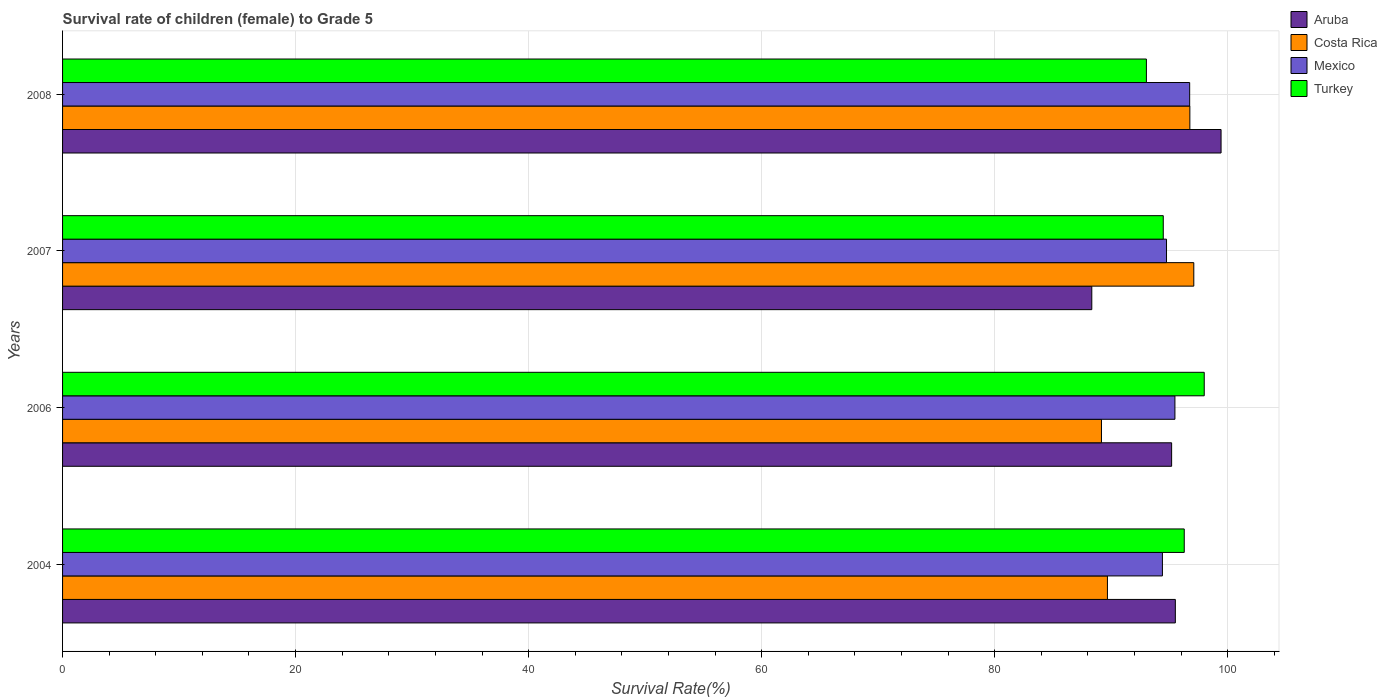
| Years | Aruba | Costa Rica | Mexico | Turkey |
 | --- | --- | --- | --- | --- |
 | 2004 | 95.5 | 89.7 | 94.4 | 96.3 |
 | 2006 | 95.2 | 89.2 | 95.5 | 98 |
 | 2007 | 88.3 | 97.1 | 94.8 | 94.5 |
 | 2008 | 99.4 | 96.8 | 96.7 | 93 |